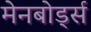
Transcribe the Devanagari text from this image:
मेनबोर्ड्स